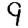
Digit: 9